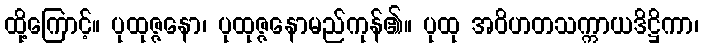
ထို့ကြောင့်။ ပုထုဇ္ဇနော၊ ပုထုဇ္ဇနောမည်ကုန်၏။ ပုထု အဝိဟတသက္ကာယဒိဋ္ဌိကာ၊